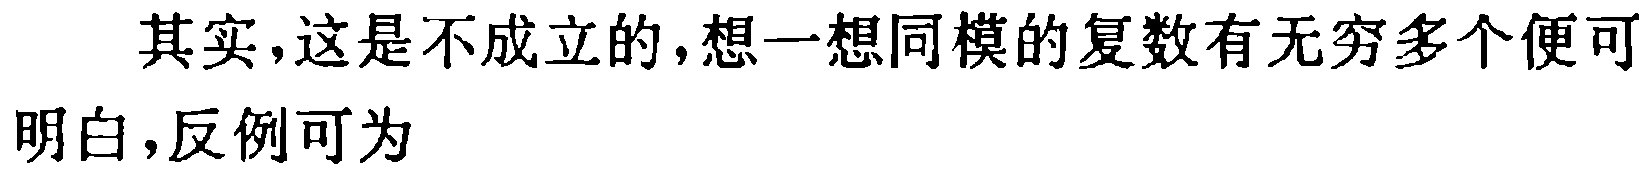
其实,这是不成立的,想一想同模的复数有无穷多个便可明白,反例可为